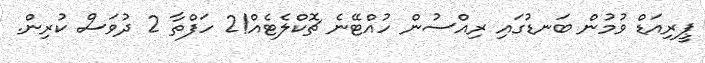
ޕީރިއަޑް ވުމުން ބަނޑުގައި ރިއްސުން ހުއްޓޭނެ ޗޮކްލެޓެއް!2 ހަފްތާ 2 ދުވަސް ކުރިން.